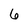
Character: 6